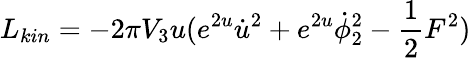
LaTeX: L_{kin}=-2\pi V_{3}u(e^{2u}{\dot{u}}^{2}+e^{2u}\dot{\phi}_{2}^{2}-{\frac{1}{2}}F^{2})